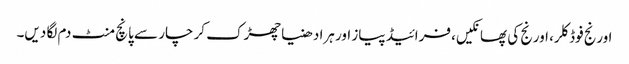
اورنج فوڈ کلر، اورنج کی پھانکیں، فرائیڈ پیاز اور ہرا دھنیا چھڑک کر چار سے پانچ منٹ دم لگا دیں۔